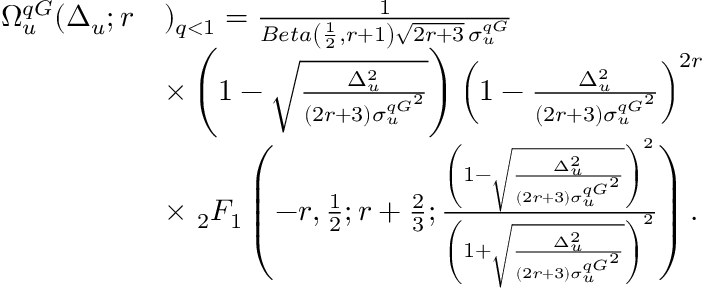
\begin{array} { r l } { \Omega _ { u } ^ { q G } ( \Delta _ { u } ; r } & { ) _ { q < 1 } = \frac { 1 } { B e t a \left( \frac { 1 } { 2 } , r + 1 \right) \sqrt { 2 r + 3 } \, \sigma _ { u } ^ { q G } } } \\ & { \times \left( 1 - \sqrt { \frac { \Delta _ { u } ^ { 2 } } { ( 2 r + 3 ) { \sigma _ { u } ^ { q G } } ^ { 2 } } } \right) \left( 1 - { \frac { \Delta _ { u } ^ { 2 } } { ( 2 r + 3 ) { \sigma _ { u } ^ { q G } } ^ { 2 } } } \right) ^ { 2 r } } \\ & { \times \ _ { 2 } F _ { 1 } \left( - r , \frac { 1 } { 2 } ; r + \frac { 2 } { 3 } ; \frac { \left( 1 - \sqrt { \frac { \Delta _ { u } ^ { 2 } } { ( 2 r + 3 ) { \sigma _ { u } ^ { q G } } ^ { 2 } } } \right) ^ { 2 } } { \left( 1 + \sqrt { \frac { \Delta _ { u } ^ { 2 } } { ( 2 r + 3 ) { \sigma _ { u } ^ { q G } } ^ { 2 } } } \right) ^ { 2 } } \right) . } \end{array}